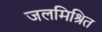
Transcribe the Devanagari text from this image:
जलमिश्रित